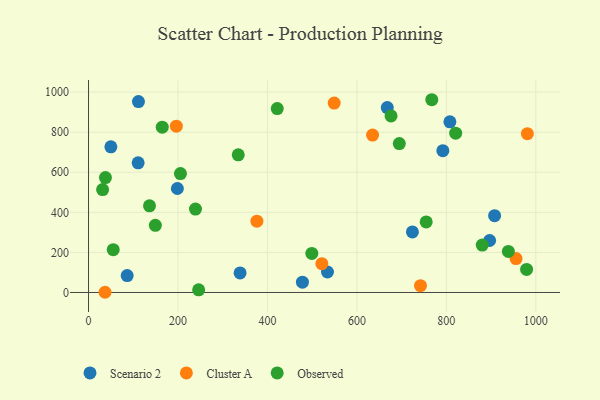
{"axis": {"x": "Study Hours", "y": "Salary"}, "legend": ["Cluster A", "Observed", "Scenario 2"], "data": [{"x": "49.9", "y": 727.0, "type": "Scenario 2"}, {"x": "792.1", "y": 707.6, "type": "Scenario 2"}, {"x": "807.9", "y": 851.4, "type": "Scenario 2"}, {"x": "534.2", "y": 102.2, "type": "Scenario 2"}, {"x": "724.1", "y": 302.2, "type": "Scenario 2"}, {"x": "338.8", "y": 97.7, "type": "Scenario 2"}, {"x": "110.9", "y": 647.0, "type": "Scenario 2"}, {"x": "111.6", "y": 952.7, "type": "Scenario 2"}, {"x": "667.9", "y": 922.7, "type": "Scenario 2"}, {"x": "198.6", "y": 518.9, "type": "Scenario 2"}, {"x": "478.2", "y": 51.5, "type": "Scenario 2"}, {"x": "86.4", "y": 84.3, "type": "Scenario 2"}, {"x": "907.8", "y": 383.3, "type": "Scenario 2"}, {"x": "896.7", "y": 259.4, "type": "Scenario 2"}, {"x": "955.8", "y": 169.4, "type": "Cluster A"}, {"x": "196.3", "y": 830.0, "type": "Cluster A"}, {"x": "981.1", "y": 792.7, "type": "Cluster A"}, {"x": "742.1", "y": 34.1, "type": "Cluster A"}, {"x": "376.4", "y": 355.6, "type": "Cluster A"}, {"x": "635.0", "y": 785.3, "type": "Cluster A"}, {"x": "36.9", "y": 1.0, "type": "Cluster A"}, {"x": "521.6", "y": 143.5, "type": "Cluster A"}, {"x": "549.2", "y": 945.1, "type": "Cluster A"}, {"x": "938.6", "y": 204.8, "type": "Observed"}, {"x": "880.2", "y": 236.6, "type": "Observed"}, {"x": "499.2", "y": 194.9, "type": "Observed"}, {"x": "820.8", "y": 794.8, "type": "Observed"}, {"x": "239.1", "y": 416.1, "type": "Observed"}, {"x": "149.4", "y": 335.2, "type": "Observed"}, {"x": "55.2", "y": 213.8, "type": "Observed"}, {"x": "754.9", "y": 352.3, "type": "Observed"}, {"x": "246.2", "y": 13.0, "type": "Observed"}, {"x": "205.5", "y": 593.2, "type": "Observed"}, {"x": "31.5", "y": 513.7, "type": "Observed"}, {"x": "979.4", "y": 115.2, "type": "Observed"}, {"x": "676.3", "y": 881.2, "type": "Observed"}, {"x": "37.8", "y": 573.5, "type": "Observed"}, {"x": "164.8", "y": 824.8, "type": "Observed"}, {"x": "421.9", "y": 917.5, "type": "Observed"}, {"x": "334.7", "y": 687.1, "type": "Observed"}, {"x": "694.8", "y": 743.3, "type": "Observed"}, {"x": "136.3", "y": 432.4, "type": "Observed"}, {"x": "767.4", "y": 961.9, "type": "Observed"}]}